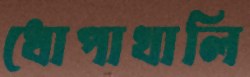
ধোপাখালি